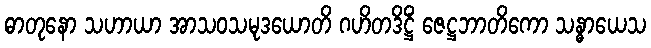
ဓာတုနော သဟာယာ အာသဝသမုဒယောတိ ဂဟိတဒိဋ္ဌိံ ဇေဋ္ဌဘာတိကော သန္ဓာယေသ